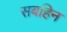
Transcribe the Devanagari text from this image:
सबहिन